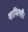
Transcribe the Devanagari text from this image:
शामिलहै।